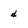
Character: d